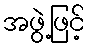
အဖွဲ့ဖြင့်